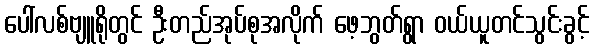
ပေါ်လစ်ဗျူရိုတွင် ဦးတည်အုပ်စုအလိုက် ဖေ့ဘွတ်ရွာ ဝယ်ယူတင်သွင်းခွင့်